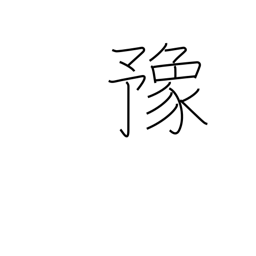
Meaning: at ease